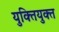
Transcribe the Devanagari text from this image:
युक्‍ितयुक्‍त